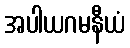
အပါယဂမနီယံ